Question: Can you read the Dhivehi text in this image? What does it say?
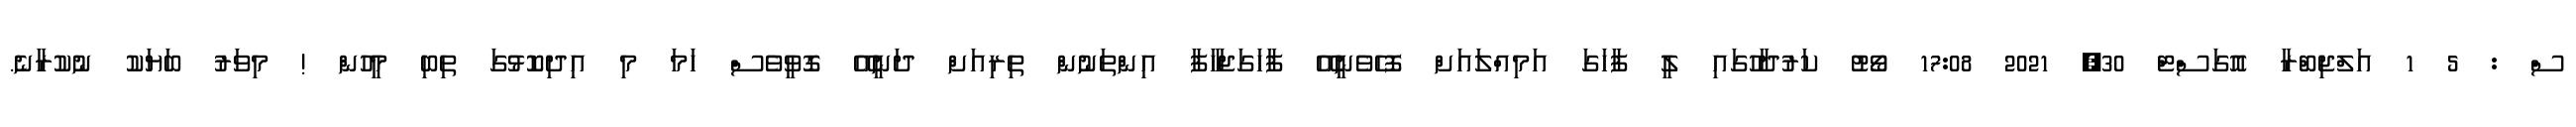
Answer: ސް : 5 1 އަލްޖިބްރާ އޮގަސްޓް 30, 2021 17:08 ވޯޓު ކަރުދާހުގައި ލީ ފާހަގަ އަމިއްލައަށް ފޮހެވެނީއޭ ފާހަގަޖަހާފާ އިންތަނުން ތިރިއަށް ދަނީއޭ ގޮވީވެސް ހަމަ މި އިދިކޮޅުގަ ތިބި މީހުން ! މިވަރު ބަޔަކު ނުކުރާނެ.